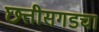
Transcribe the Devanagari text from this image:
छत्तीसगडचा